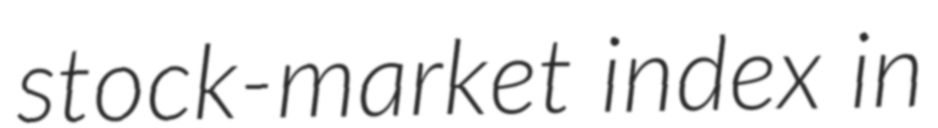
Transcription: stock-market index in